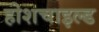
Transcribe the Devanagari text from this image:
होशचाइल्ड